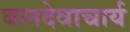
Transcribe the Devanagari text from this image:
बलदेवाचार्य